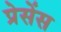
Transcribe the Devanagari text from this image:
प्रेसेंस